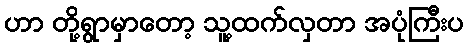
ဟာ တို့ရွာမှာတော့ သူ့ထက်လှတာ အပုံကြီးပ